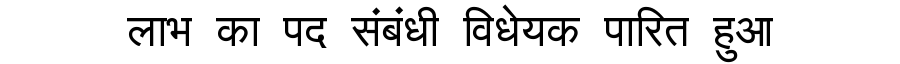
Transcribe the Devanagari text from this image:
लाभ का पद संबंधी विधेयक पारित हुआ